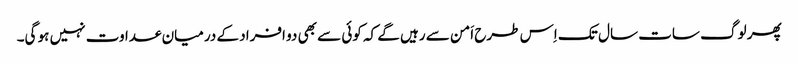
پھر لوگ سات سال تک اِس طرح اَمن سے رہیں گے کہ کوئی سے بھی دو افراد کے درمیان عداوت نہیں ہو گی۔